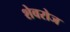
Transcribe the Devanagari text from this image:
शेवरोज